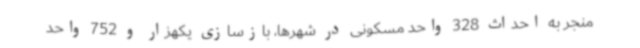
منجر به احداث 328 واحد مسکونی در شهرها، بازسازی یکهزار و 752 واحد